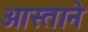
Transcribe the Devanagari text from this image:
आस्ताने